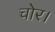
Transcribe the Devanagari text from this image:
चोर।